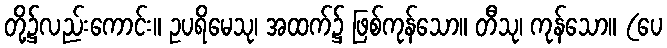
တို့၌လည်းကောင်း။ ဥပရိမေသု၊ အထက်၌ ဖြစ်ကုန်သော။ တီသု၊ ကုန်သော။ (ပေ